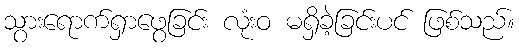
သွားရောက်ရှာဖွေခြင်း လုံးဝ မရှိခဲ့ခြင်းပင် ဖြစ်သည်။